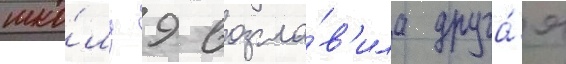
шко́лу 9 возгла́в'ила друга́я